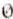
0